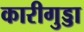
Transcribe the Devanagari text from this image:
कारीगुड्डा